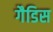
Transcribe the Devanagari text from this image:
गैडिस